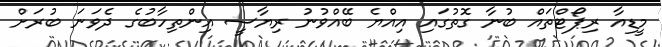
މީޑިއާ ރިޕޯޓްތައް ބުނާ ގޮތުގައި އިއްޔެ ބޭއްވުނު ރިޔާސީ އިންތިހާބުގެ ދެވަނަ ބުރަށް